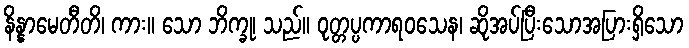
နိန္နာမေတီတိ၊ ကား။ သော ဘိက္ခု၊ သည်။ ဝုတ္တပ္ပကာရဝသေန၊ ဆိုအပ်ပြီးသောအပြားရှိသော